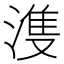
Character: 𣺦